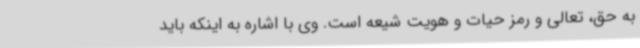
به حق، تعالی و رمز حیات و هویت شیعه است. وی با اشاره به اینکه باید